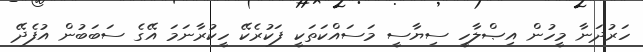
ހަރުދަނާ މީހުން އިޞްލާހީ ސިޔާސީ މަސައްކަތަކީ ފަކުރެކޭ ހީކުރާނަމަ އޭގެ ސަބަބުން އުފެދޭ